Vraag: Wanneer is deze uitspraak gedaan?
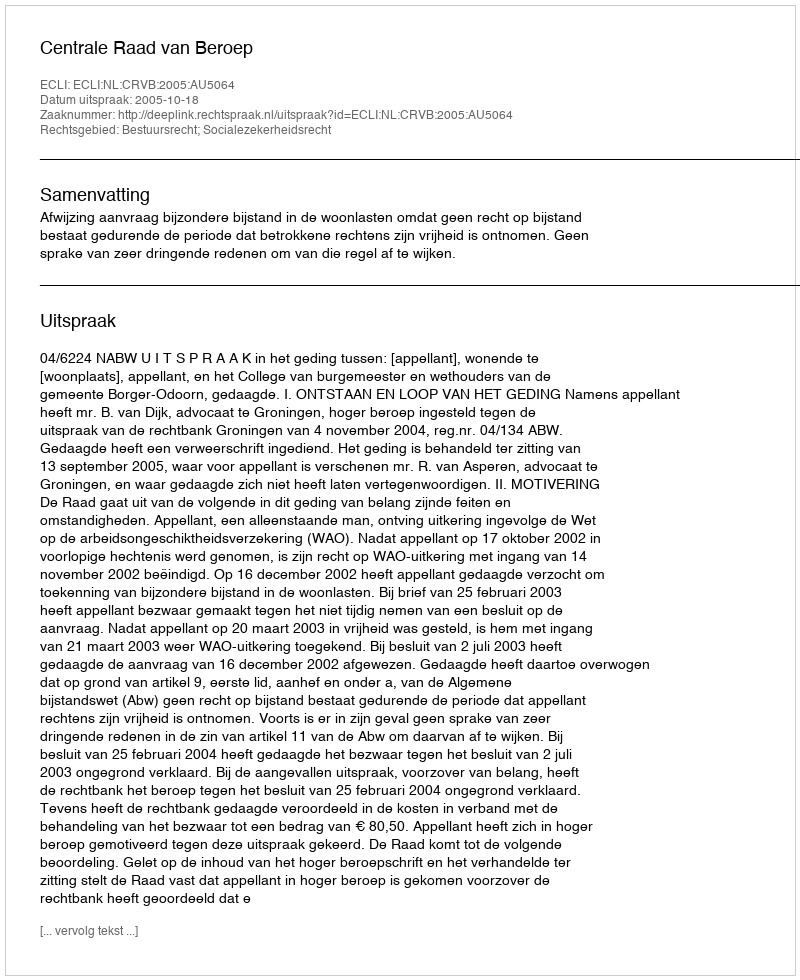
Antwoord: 2005-10-18